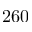
2 6 0